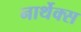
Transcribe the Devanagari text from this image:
नार्थेक्स